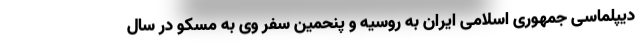
دیپلماسی جمهوری اسلامی ایران به روسیه و پنحمین سفر وی به مسکو در سال